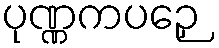
ပုဏ္ဏကပဉှေ